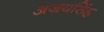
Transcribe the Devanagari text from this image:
अजयसिंह